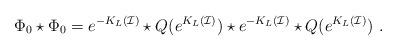
LaTeX: \begin{align*}\Phi_0\star \Phi_0=e^{-K_L(\mathcal{I})} \star Q(e^{K_L(\mathcal{I})}) \star e^{-K_L(\mathcal{I})} \star Q(e^{K_L(\mathcal{I})}) \ .\end{align*}